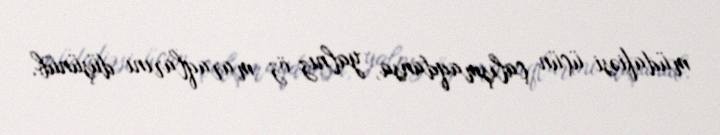
müdafiəsi üçün çalışmaqdansa, yalnız öz maraqlarını düşünüb.